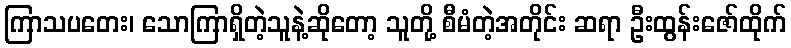
ကြာသပတေး၊ သောကြာရှိတဲ့သူနဲ့ဆိုတော့ သူတို့ စီမံတဲ့အတိုင်း ဆရာ ဦးထွန်းဇော်ထိုက်